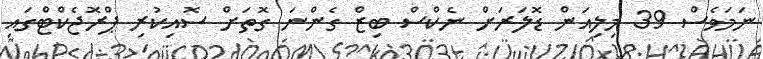
ނަމަވެސް 39 މިލިއަން ޑޮލަރަށް ނެކްސް ބިޒް ގެންނަ ގޮތަށް ސޮއިކުރި ޕްރޮޖެކްޓްގައި